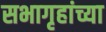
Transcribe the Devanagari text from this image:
सभागृहांच्या